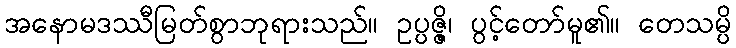
အနောမဒဿီမြတ်စွာဘုရားသည်။ ဥပ္ပဇ္ဇိ၊ ပွင့်တော်မူ၏။ တေသမ္ပိ